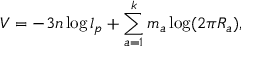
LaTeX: V = - 3 n \log l _ { p } + \sum _ { a = 1 } ^ { k } m _ { a } \log ( 2 \pi R _ { a } ) ,